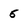
Character: 5